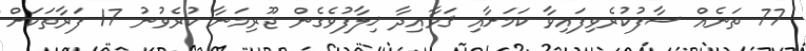
77 ތަނެއް ސާފުކުރެވިފައިވާ ކަމަށާއި ޤަވާއިދާ ޚިލާފުވެގެން ޖޫރިމަނާ ކުރެވުނު 17 ފަރާތަކަށް